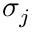
{ \boldsymbol { \sigma } } _ { j }